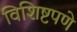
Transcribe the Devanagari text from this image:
विशिष्टपणे